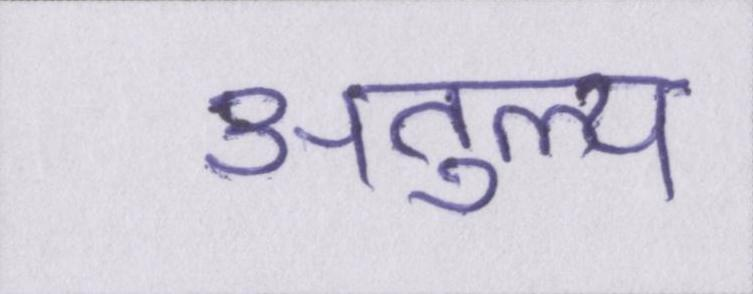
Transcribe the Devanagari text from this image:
अतुल्य